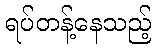
ရပ်တန့်နေသည့်